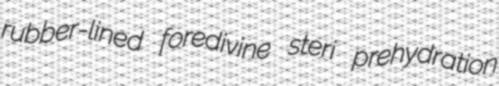
rubber-lined foredivine steri prehydration